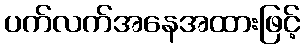
ပက်လက်အနေအထားဖြင့်